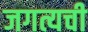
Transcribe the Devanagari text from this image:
जगत्यची